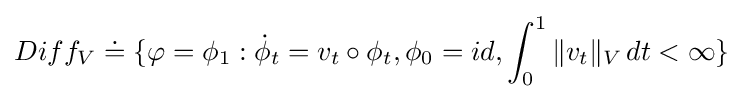
Diff_{V}\doteq \{\varphi =\phi _{1}:{\dot {\phi }}_{t}=v_{t}\circ \phi _{t},\phi _{0}=id,\int _{0}^{1}\|v_{t}\|_{V}\,dt<\infty \}\